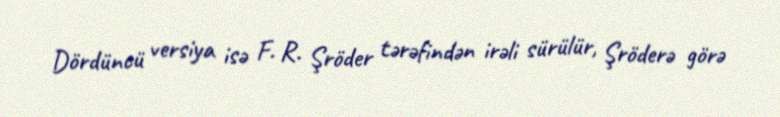
Dördüncü versiya isə F. R. Şröder tərəfindən irəli sürülür, Şröderə görə